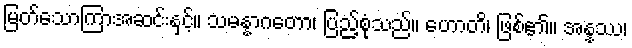
မြတ်သောကြာအဆင်းနှင့်။ သမန္နာဂတော၊ ပြည့်စုံသည်။ ဟောတိ၊ ဖြစ်၏။ အန္နဿ၊